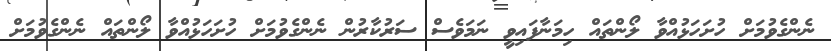
ނެންގެވުމަށް ހުށަހަޅުއްވާ ލޯންތައް ހިމަނާފައިވީ ނަމަވެސް ސަރުކާރުން ނެންގެވުމަށް ހުށަހަޅުއްވާ ލޯންތައް ނެންގެވުމަށް